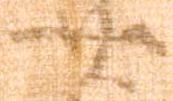
廿